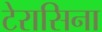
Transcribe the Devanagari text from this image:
टेरासिना